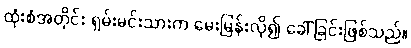
ထုံးစံအတိုင်း ရှမ်းမင်းသားက မေးမြန်းလို၍ ခေါ်ခြင်းဖြစ်သည်။